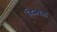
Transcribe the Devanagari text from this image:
विस्थल